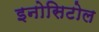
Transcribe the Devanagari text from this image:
इनोसिटोल